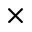
\times